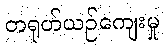
တရုတ်ယဉ်ကျေးမှု